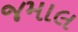
જમાલ